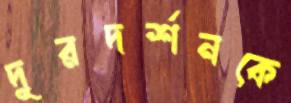
দূরদর্শনকে